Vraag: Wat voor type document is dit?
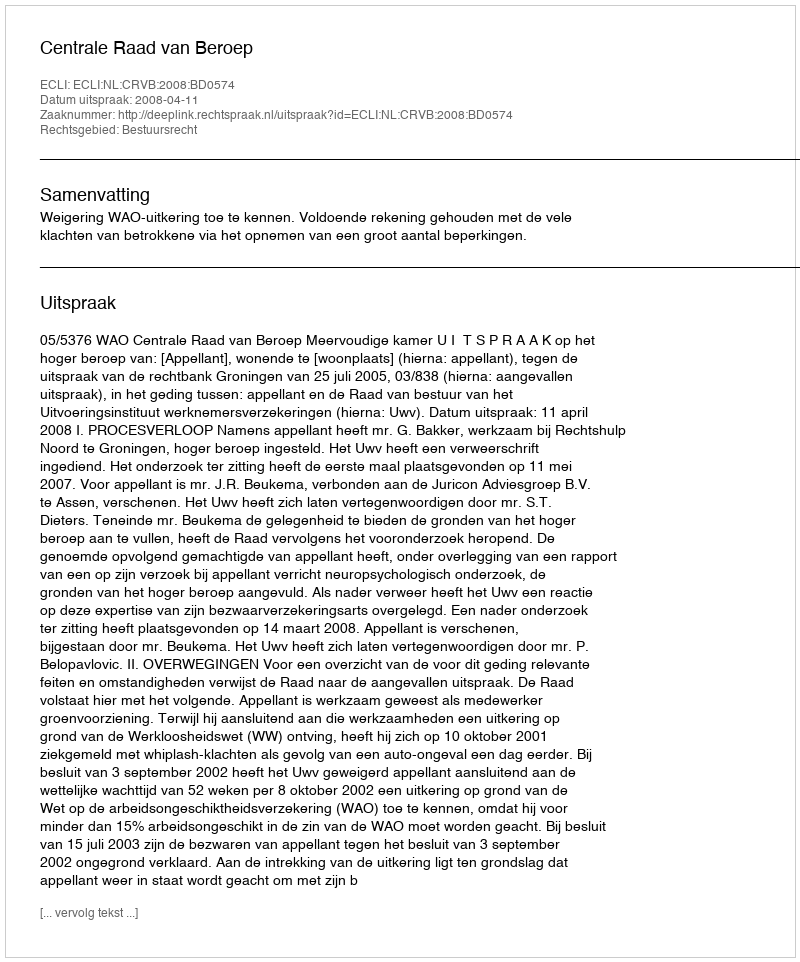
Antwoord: Uitspraak